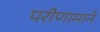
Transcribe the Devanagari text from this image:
परीणामाने